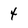
Character: 4